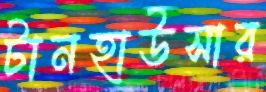
টানহাউসার